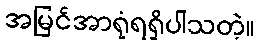
အမြင်အာရုံရရှိပါသတဲ့။